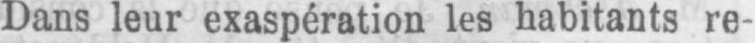
Dans leur exaspération les habitants re-